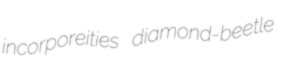
incorporeities diamond-beetle